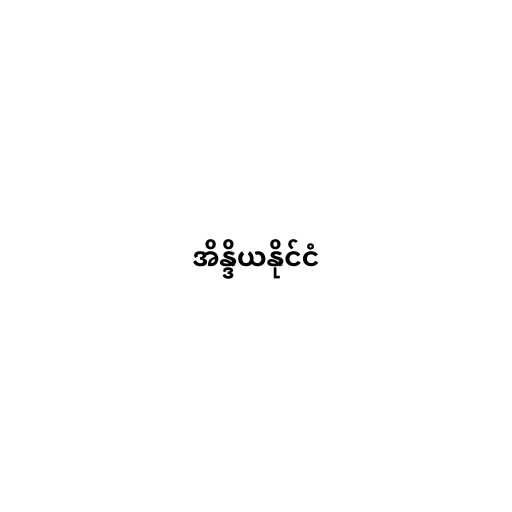
အိန္ဒိယနိုင်ငံ